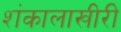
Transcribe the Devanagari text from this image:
शंकालाखीरी